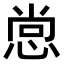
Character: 𭝒